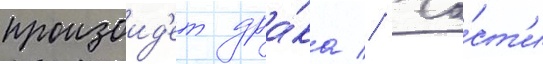
произоид'ет дра́ка // Ча́ст'и